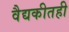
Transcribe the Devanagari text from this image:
वैद्यकीतही